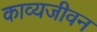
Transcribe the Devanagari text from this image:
काव्यजीवन